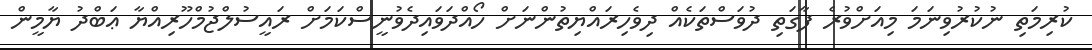
ކުރިމަތި ނުކުރުވިނަމަ މިއަށްވުރެ ފާގަތި ދުވަސްތަކެއް ދިވެހިރައްޔިތުންނަށް ހޯއްދަވައިދެވުނީސްކަމަށް ރައީސުލްޖުމްހޫރިއްޔާ ޢަބްދު ޔާމީން